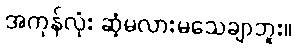
အကုန်လုံး ဆံ့မလားမသေချာဘူး။